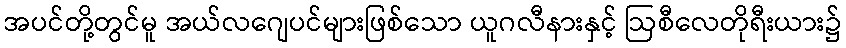
အပင်တို့တွင်မူ အယ်လဂျေပင်များဖြစ်သော ယူဂလီနားနှင့် ဩစီလေတိုရီးယား၌